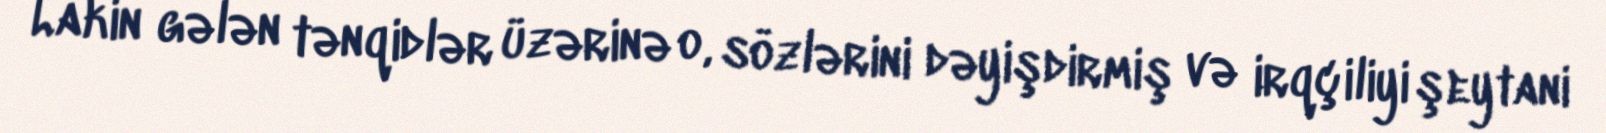
Lakin gələn tənqidlər üzərinə o, sözlərini dəyişdirmiş və irqçiliyi şeytani